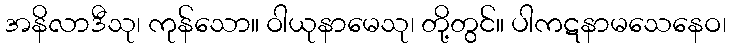
အနိလာဒီသု၊ ကုန်သော။ ဝါယုနာမေသု၊ တို့တွင်။ ပါကဋနာမသေနေဝ၊